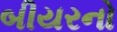
બીયરનો